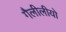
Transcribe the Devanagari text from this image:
गैलीलीयो